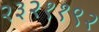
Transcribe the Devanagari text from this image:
२३२११९२